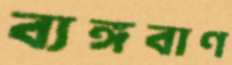
ব্যঙ্গবাণ